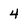
Character: 4